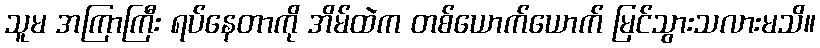
သူမ အကြာကြီး ရပ်နေတာကို အိမ်ထဲက တစ်ယောက်ယောက် မြင်သွားသလားမသိ။